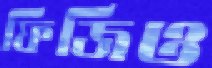
ফিজিও